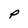
Character: P